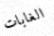
الغابات